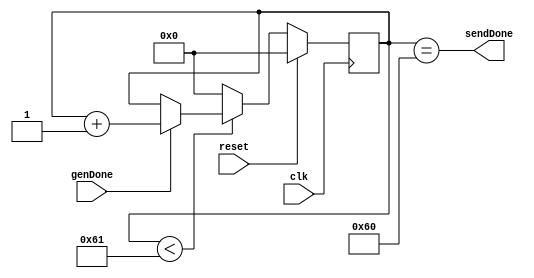
/*
Authored by Elijah Theander
October 23, 2016
rotationCounter.v
96 bit counter that increments everytime a count is done
and a rotation of the register happens.
*/

module rotationCounter(sendDone,genDone,clk,reset);

	output sendDone;	//output saying the full send is complete
	input genDone;		//input saying  increment count.
	input clk,reset;	//synchronous clock and reset.
	
	reg [6:0] S,nS;		//State memory variable.
	
	//State Memory
	always @(posedge clk)begin
		if(reset)begin
			S <= 7'd0;
		end
		else begin
			S <= nS;
		end
	end
	
	//Next State
	always @(S,genDone)begin
		if(S < 7'd97)begin
			nS = genDone? S+1:S;
		end
		else begin
			nS = 0;
		end
	end
	
	assign sendDone = (S==96);
		
endmodule